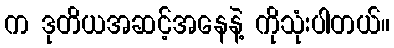
က ဒုတိယအဆင့်အနေနဲ့ ကိုသုံးပါတယ်။